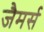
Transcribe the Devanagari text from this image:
जैमर्स